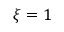
\xi = 1